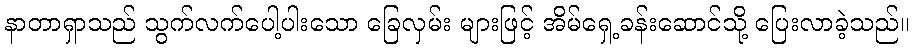
နာတာရှာသည် သွက်လက်ပေါ့ပါးသော ခြေလှမ်း များဖြင့် အိမ်ရှေ့ခန်းဆောင်သို့ ပြေးလာခဲ့သည်။